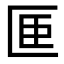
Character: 𪟭